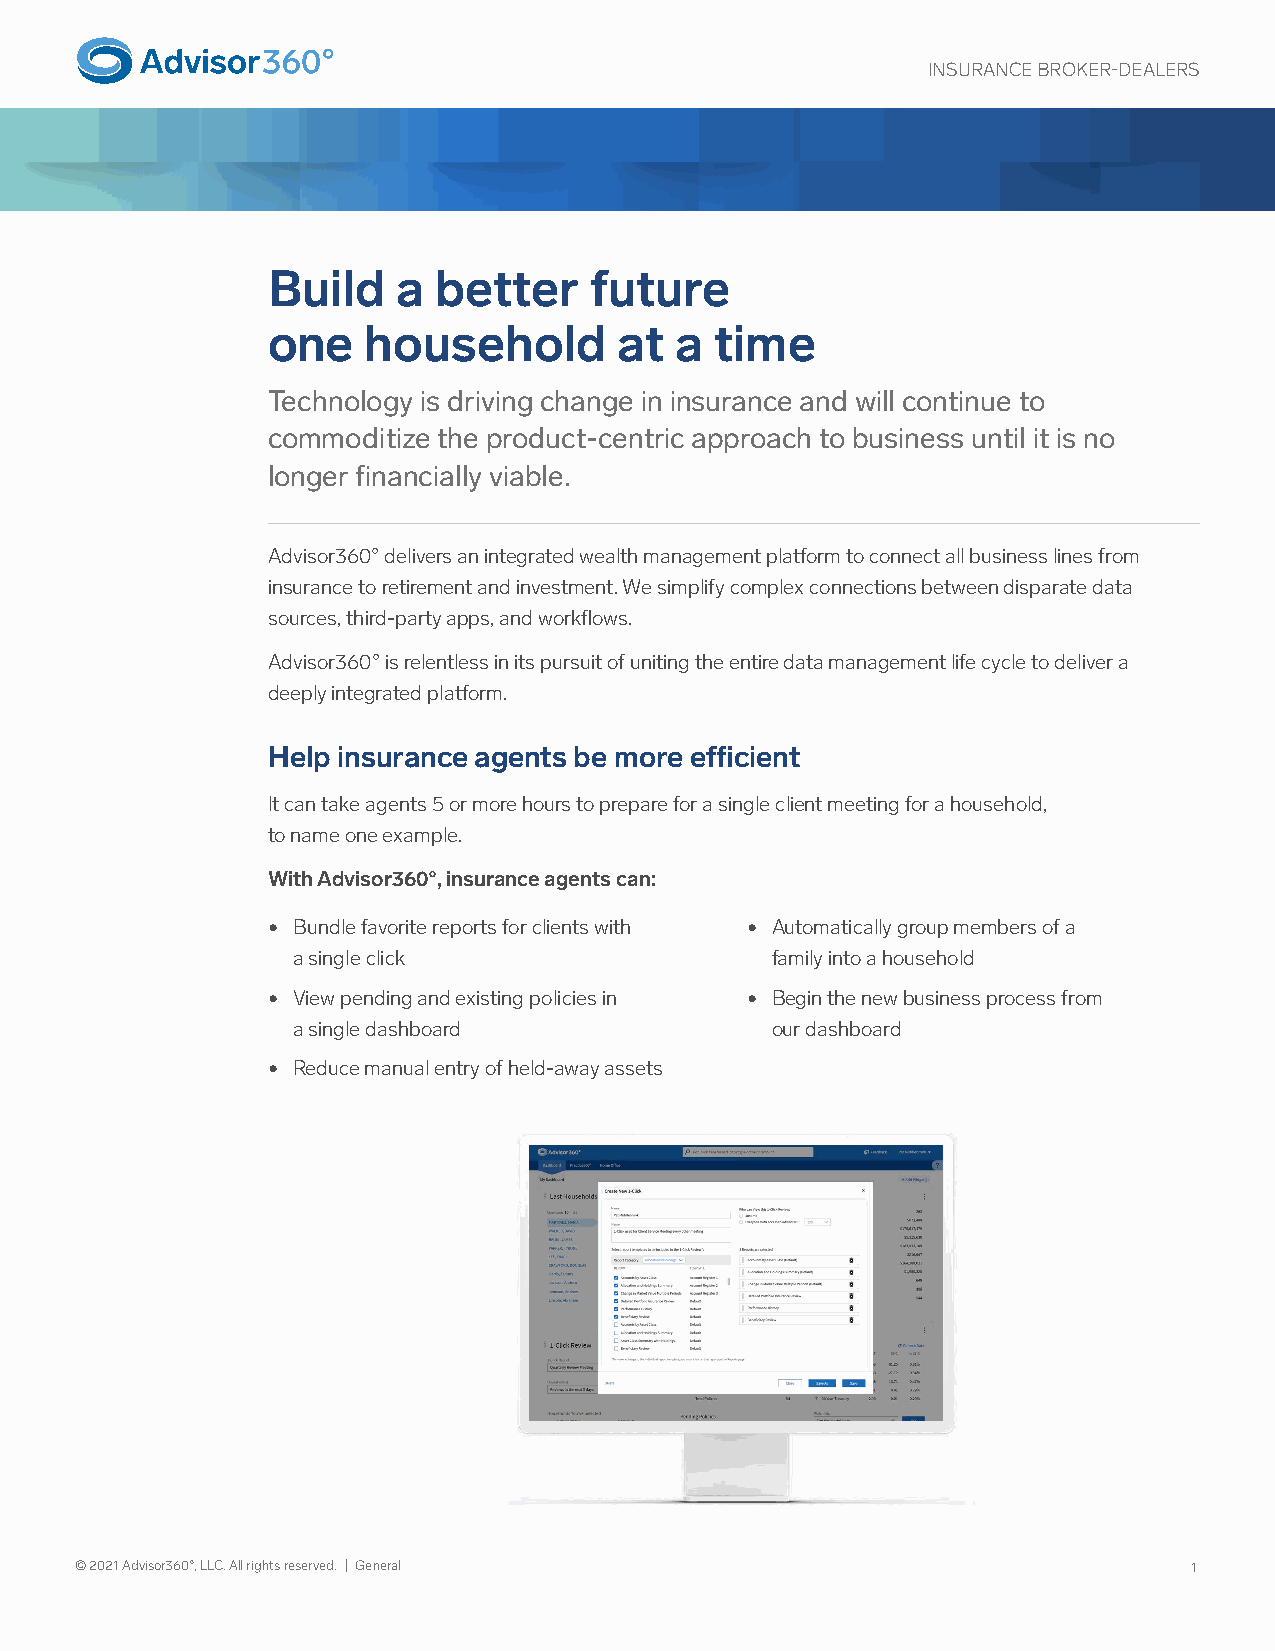
INSURANCE BROKER -DEALERS
 Build   a  better    future
 one   household        at  a time
 Technology is driving change in insurance and will continue to
 commoditize the product-centric approach to business until it is no
 longer financially viable.
 Advisor360° delivers an integrated wealth management platform to connect all business lines from
 insurance to retirement and investment. We simplify complex connections between disparate data
 sources, third-party apps, and workflows.
 Advisor360° is relentless in its pursuit of uniting the entire data management life cycle to deliver a
 deeply integrated platform.
 Help insurance agents be more efficient
 It can take agents 5 or more hours to prepare for a single client meeting for a household,
 to name one example.
 With Advisor360°, insurance agents can:
 • Bundle favorite reports for clients with • Automatically group members of a
 a single click                  family into a household
 • View pending and existing policies in • Begin the new business process from
 a single dashboard              our dashboard
 • Reduce manual entry of held-away assets
 © 2021 Advisor360°, LLC. All rights reserved. | General                   1